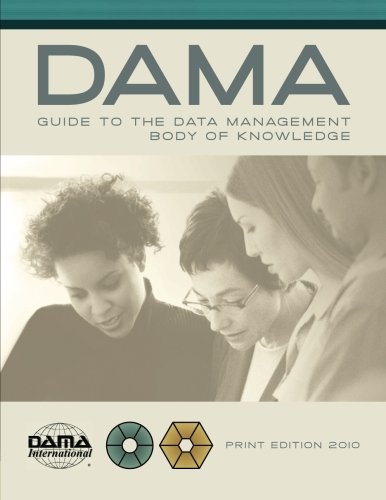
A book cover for The DAMA Guide to the Data Management Body of Knowledge (DAMA-DMBOK) Print Edition; DAMA International; Computers & Technology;